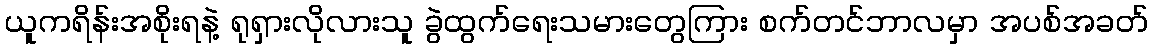
ယူကရိန်းအစိုးရနဲ့ ရုရှားလိုလားသူ ခွဲထွက်ရေးသမားတွေကြား စက်တင်ဘာလမှာ အပစ်အခတ်